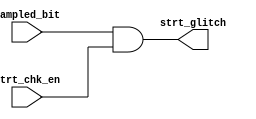
module strt_check(
 input        strt_chk_en,
 input        sampled_bit,
 output       strt_glitch
 );
 
parameter start_bit = 0;

assign strt_glitch = ( sampled_bit != start_bit ) & strt_chk_en;

endmodule